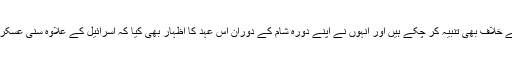
جنرل محمد باقری اسرائیل کو شام کی فضائی اور زمینی حدود کی خلاف ورزی کے خلاف بھی تنبیہ کر چکے ہیں اور انہوں نے اپنے دورہ شام کے دوران اس عہد کا اظہار بھی کیا کہ اسرائیل کے علاوہ سنی عسکریت پسندوں کے خلاف لڑائی میں بھی شامی فوج سے اور زیادہ تعاون کیا جائے گا۔